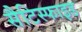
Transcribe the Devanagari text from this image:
सैटिस्फाइड